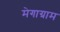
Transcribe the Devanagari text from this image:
मेगाग्राम